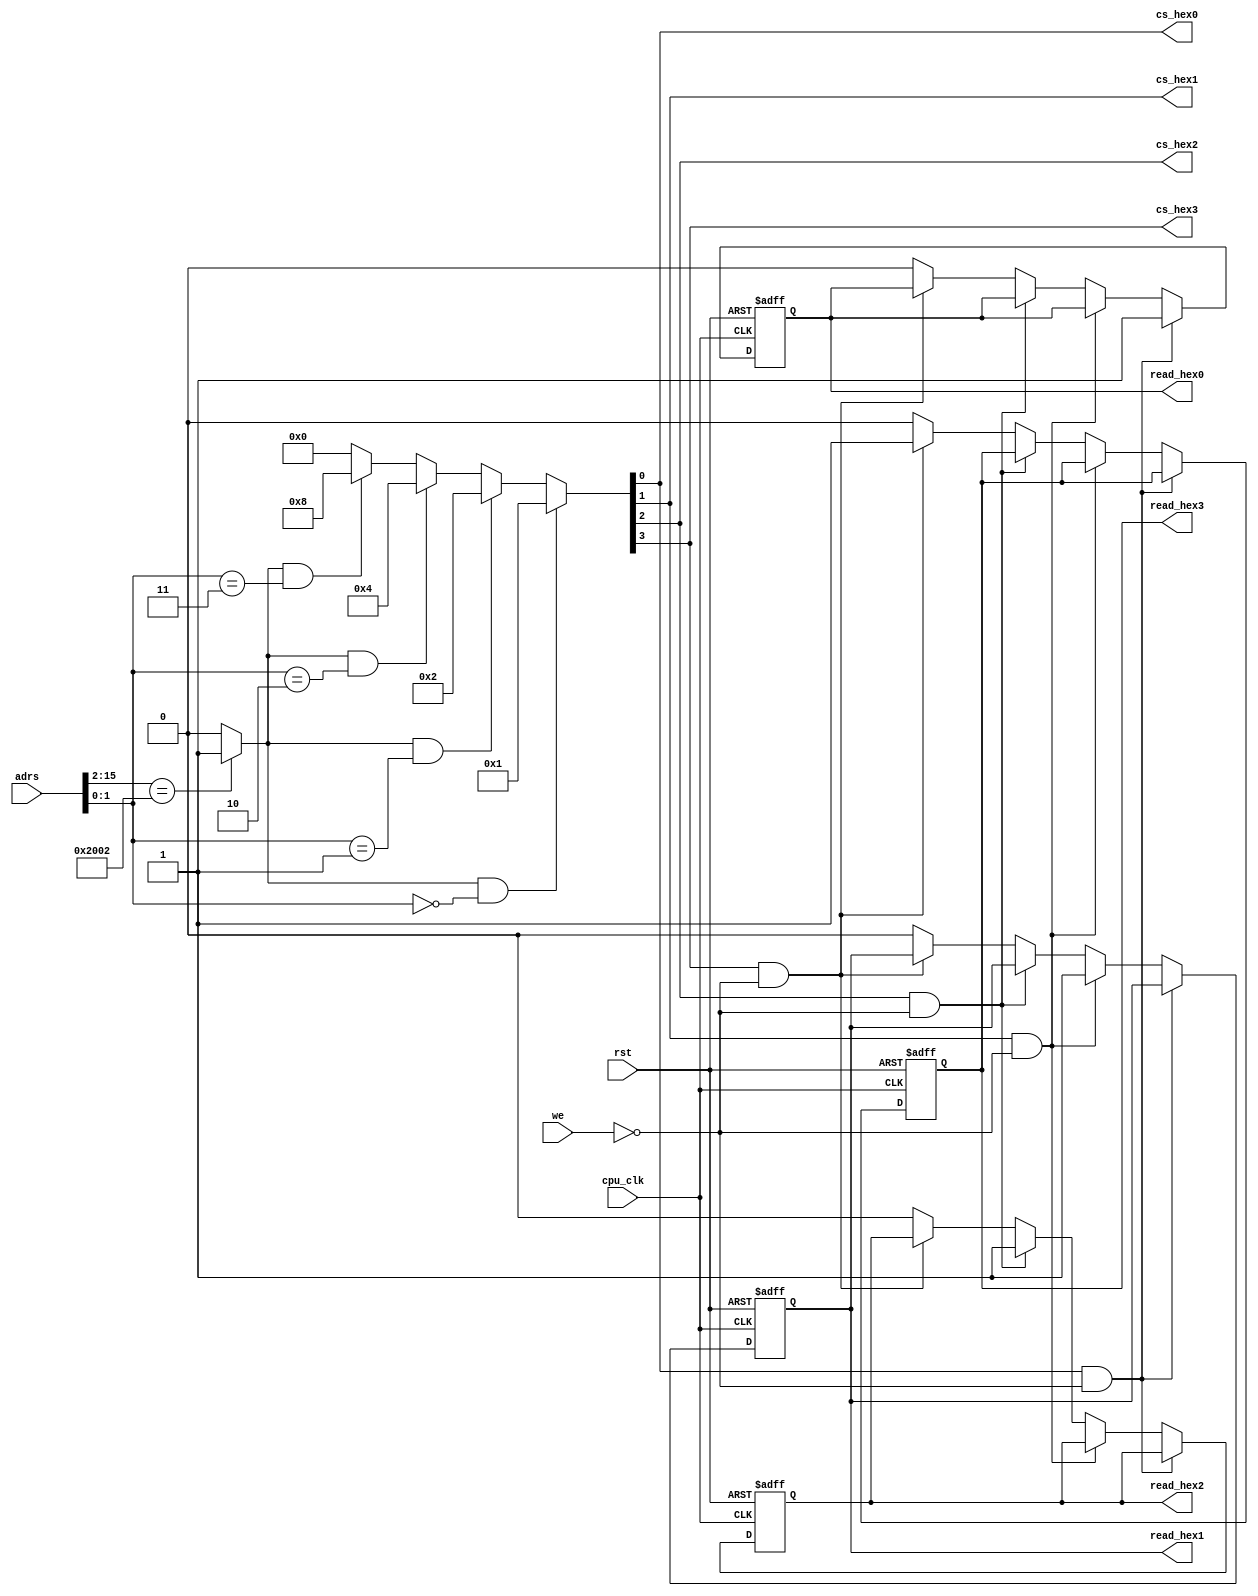
`define BASE_SEVENSEG  16'h8008
`define SPACE_SEVENSEG 2

module adrs_dec_7seg
  (
   adrs,
   cpu_clk,
   we,
   cs_hex0,
   cs_hex1,
   cs_hex2,
   cs_hex3,
   rst,
   read_hex0,
   read_hex1,
   read_hex2,
   read_hex3     
   );

   input  [15:0] adrs;  
   input         cpu_clk;
   input         we;
   input         rst;

   output        read_hex0;
   output        read_hex1;
   output        read_hex2;
   output        read_hex3;
   output        cs_hex0;
   output        cs_hex1;
   output        cs_hex2;
   output        cs_hex3;

   reg           read_hex0;
   reg           read_hex1;
   reg           read_hex2;
   reg           read_hex3;

   wire   [3:0]  cs_hex;
   wire          ms;


   // Complete descriptions: 
   // Here, we compare upper 14-bit of adrs and the base address of
   // 7-segment LED; when they have same address, that means this 
   // module is selected.
   assign  ms = (adrs[15:2] == (`BASE_SEVENSEG) >> `SPACE_SEVENSEG) ? 1'b1 : 1'b0;

   // Compare lower 2-bit of adrs and ms.
   // When they have same address, set corresponded bit of cs_hex
   // to 1.
   assign  cs_hex = (ms == 1'b1 && adrs[1:0] == 2'b00) ? 4'b0001 : 
		   (ms == 1'b1 && adrs[1:0] == 2'b01) ? 4'b0010 :
		   (ms == 1'b1 && adrs[1:0] == 2'b10) ? 4'b0100 :
			(ms == 1'b1 && adrs[1:0] == 2'b11) ? 4'b1000 : 4'b0000;


   assign  cs_hex0 = cs_hex[0];
   //
   // Add descriptions for cs_hex{1-3}
   //
	assign cs_hex1 = cs_hex[1];
	assign cs_hex2 = cs_hex[2];
	assign cs_hex3 = cs_hex[3];

   always @(posedge cpu_clk or negedge rst) begin
      if (!rst) begin
		 read_hex0 <= 1'b0;
		 read_hex1 <= 1'b0;
		 read_hex2 <= 1'b0;
		 read_hex3 <= 1'b0;
      end
      
      else if (cs_hex0 && !we)
			read_hex0 <= 1'b1;
		else if (cs_hex1 && !we)
			read_hex1 <= 1'b1;
		else if (cs_hex2 && !we)
			read_hex2 <= 1'b1;
		else if (cs_hex3 && !we)
			read_hex3 <= 1'b1;
      else begin
		 read_hex0 <= 1'b0;
		 read_hex1 <= 1'b0;
		 read_hex2 <= 1'b0;
		 read_hex3 <= 1'b0;
      end

   end // always @ (posedge cpu_clk or negedge rst)
   
endmodule // adrs_dec_7seg